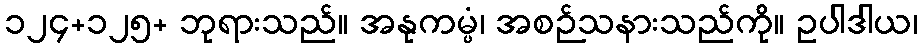
၁၂၄+၁၂၅+ ဘုရားသည်။ အနုကမ္ပံ၊ အစဉ်သနားသည်ကို။ ဥပါဒါယ၊